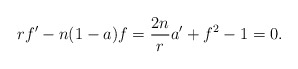
\begin{align*}r f'- n(1-a)f = \frac{2n}{r} a' + f^{2} -1 = 0.\end{align*}